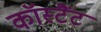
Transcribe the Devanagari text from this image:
कॉस्टैंट